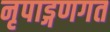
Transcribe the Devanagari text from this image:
नृपाड्गणगत